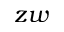
z w